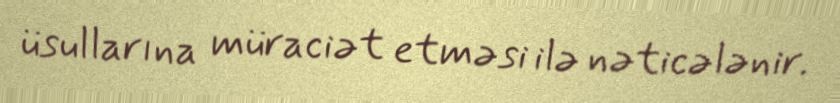
üsullarına müraciət etməsi ilə nəticələnir.